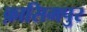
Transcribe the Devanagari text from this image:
क़ासिमपुर